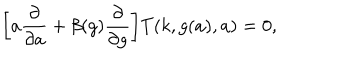
LaTeX: \biggr [ a \frac { \partial } { \partial a } + \beta ( g ) \frac { \partial } { \partial g } \biggr ] T ( k , g ( a ) , a ) = 0 ,